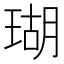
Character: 瑚